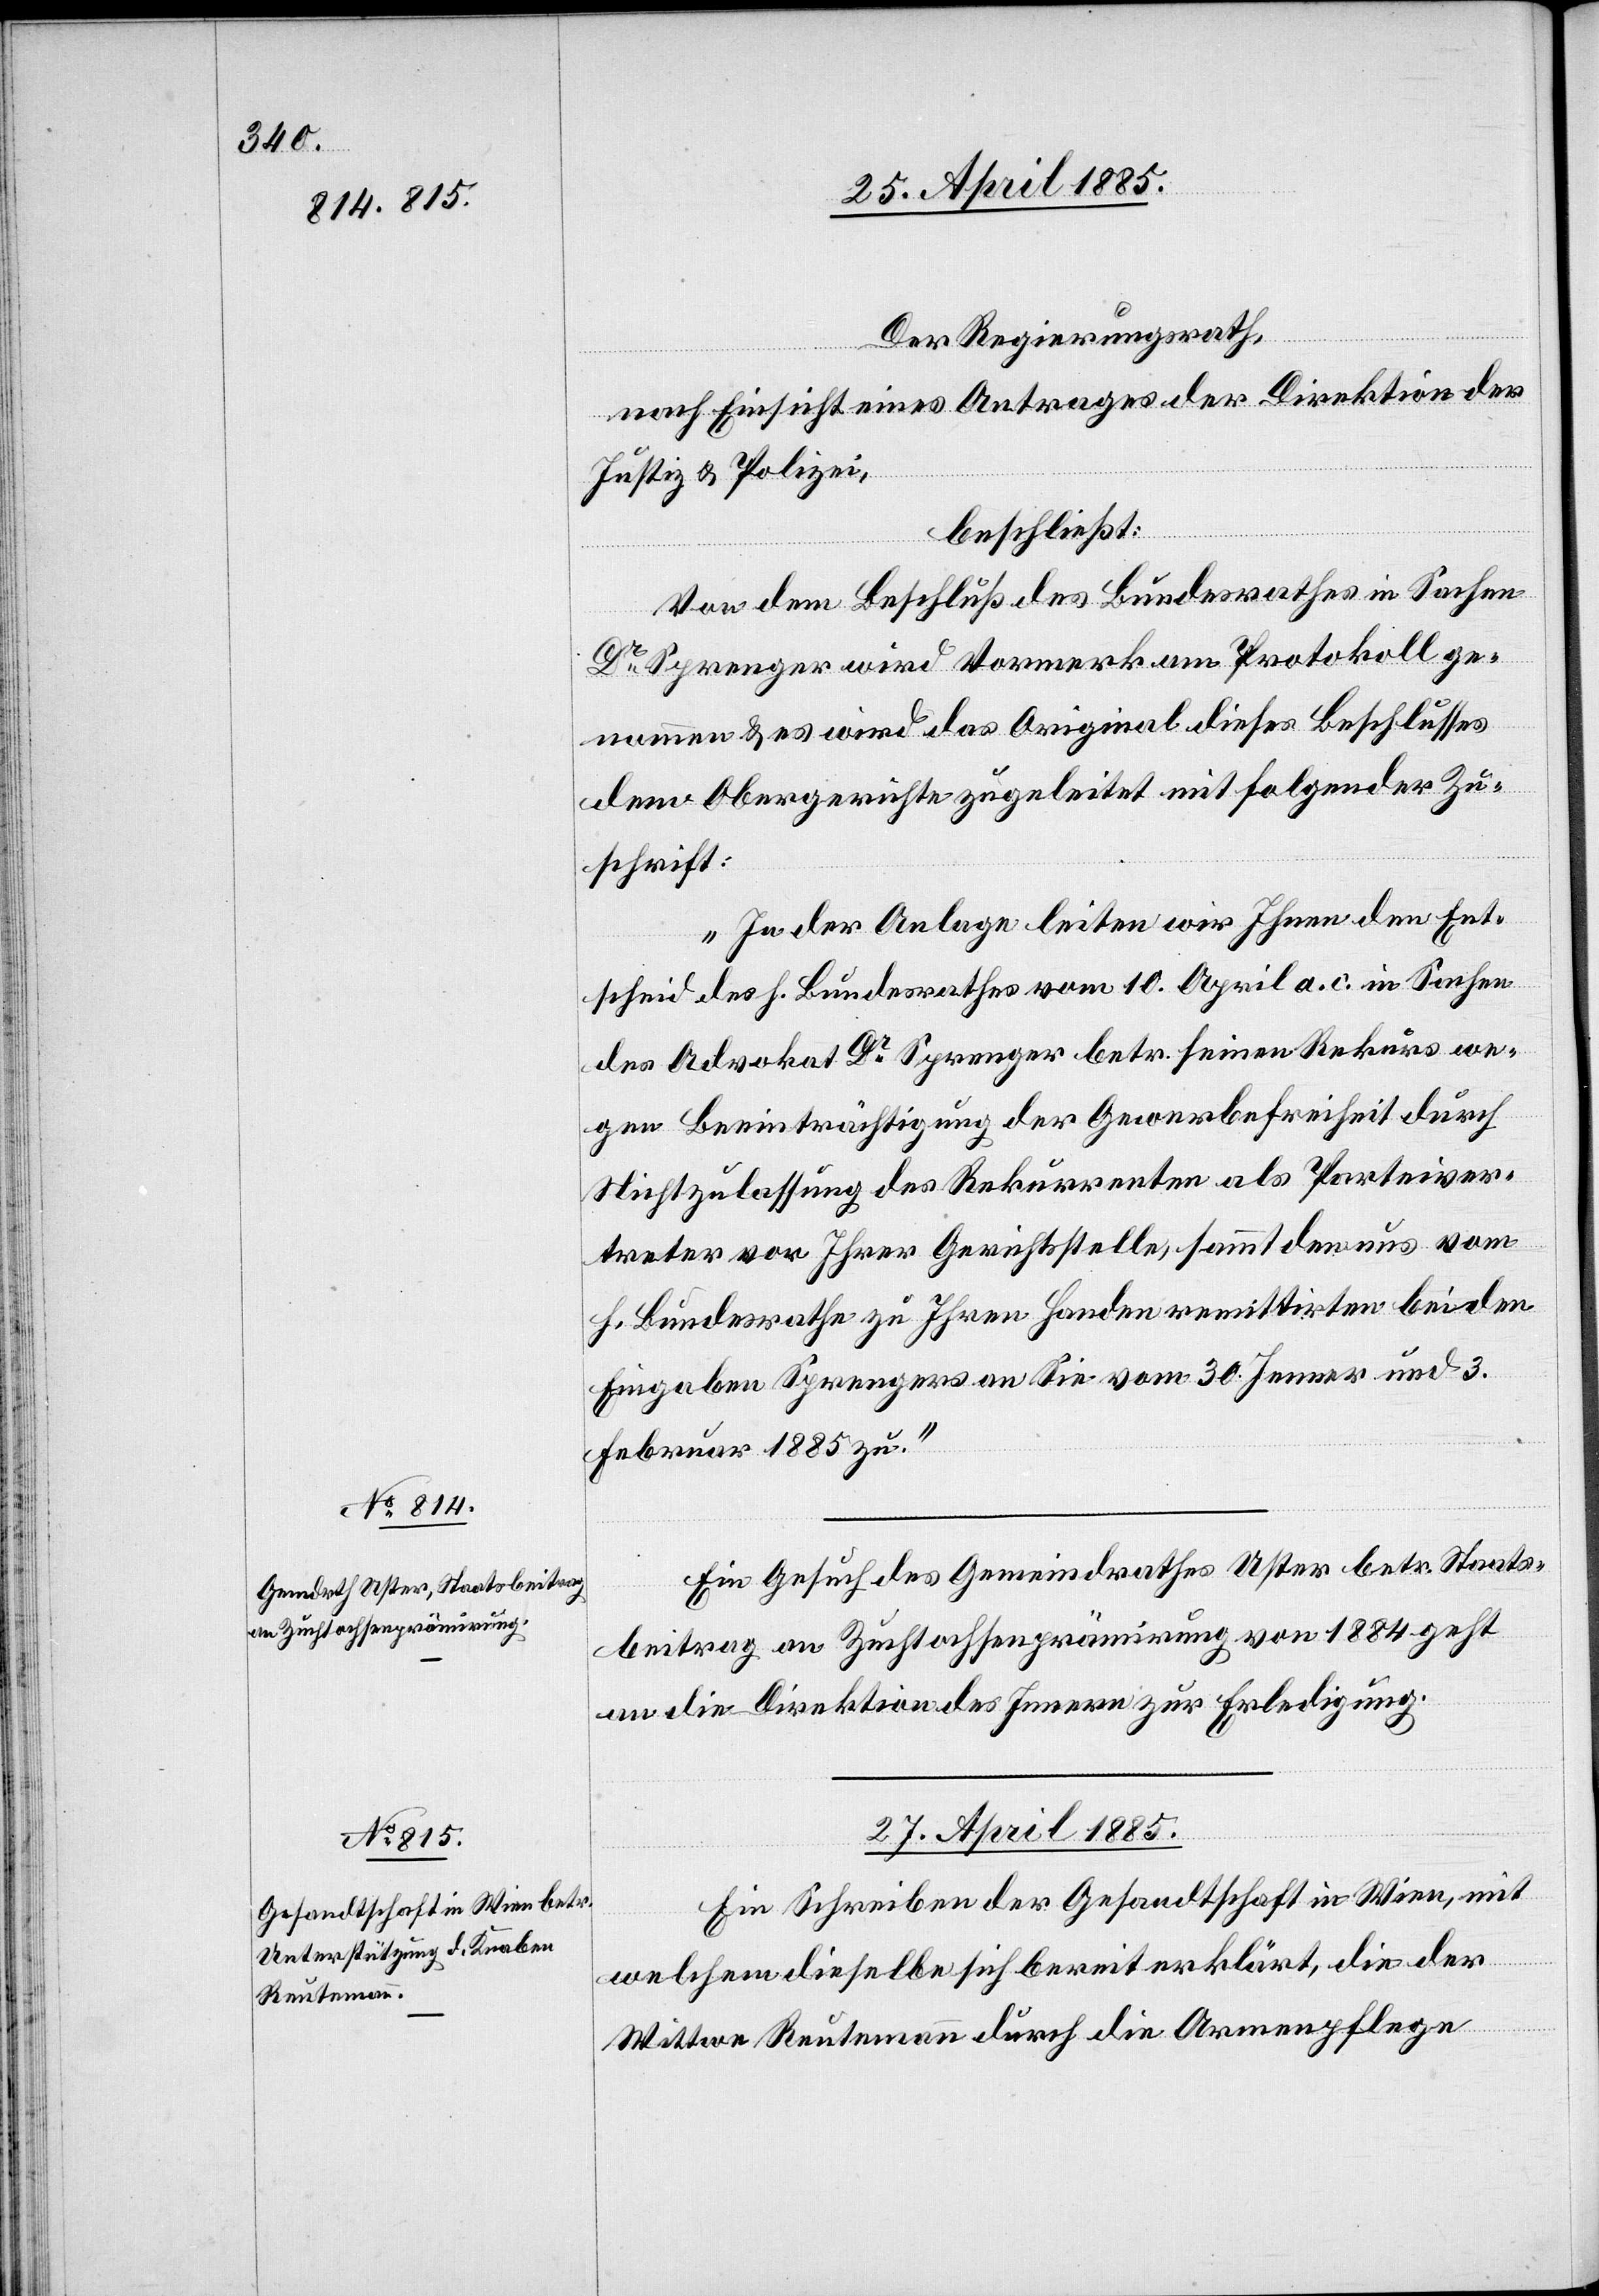
25. April 1885.]
Der Regierungsrath,
Vormerk
nach Einsicht eines Antrages der Direktion der
Justiz & Polizei,
beschließt:
Von dem Beschluß des Bundesrathes in Sachen
ge¬
nommen & es wird das Original dieses Beschlusses
dem Obergericht zugeleitet mit folgender Zu¬
schrift:
„In der Anlage leiten wir Ihnen den Ent¬
scheid des h. Bundesrathes vom 10. April a. c. in Sachen
des Advokat Dr Sprenger betr. seinen Rekurs we¬
gen Beeinträchtigung der Gewerbefreiheit durch
Nichtzulassung des Rekurrenten als Parteiver¬
treter von Ihrer Gerichtsstelle, sammt den uns vom
h. Bundesrathe zu Ihren Handen remittirten beiden
Eingaben Sprengers an Sie vom 30. Januar und 3.
Februar 1885 zu.“
Ein Gesuch des Gemeindrathes Uster betr. Staats¬
beitrag an Zuchtochsenprämirung von 1884 geht
an die Direktion des Innern zur Erledigung.
27. April 1885.
Ein Schreiben der Gesandtschaft in Wien, mit
welchem dieselbe sich bereit erklärt, die der
Wittwe Reutemann durch die Armenpflege